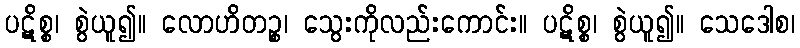
ပဋိစ္စ၊ စွဲယူ၍။ လောဟိတဉ္စ၊ သွေးကိုလည်းကောင်း။ ပဋိစ္စ၊ စွဲယူ၍။ သေဒေါစ၊